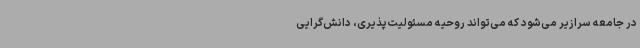
در جامعه سرازیر می‌شود که می‌تواند روحیه مسئولیت‌پذیری، دانش‌گرایی